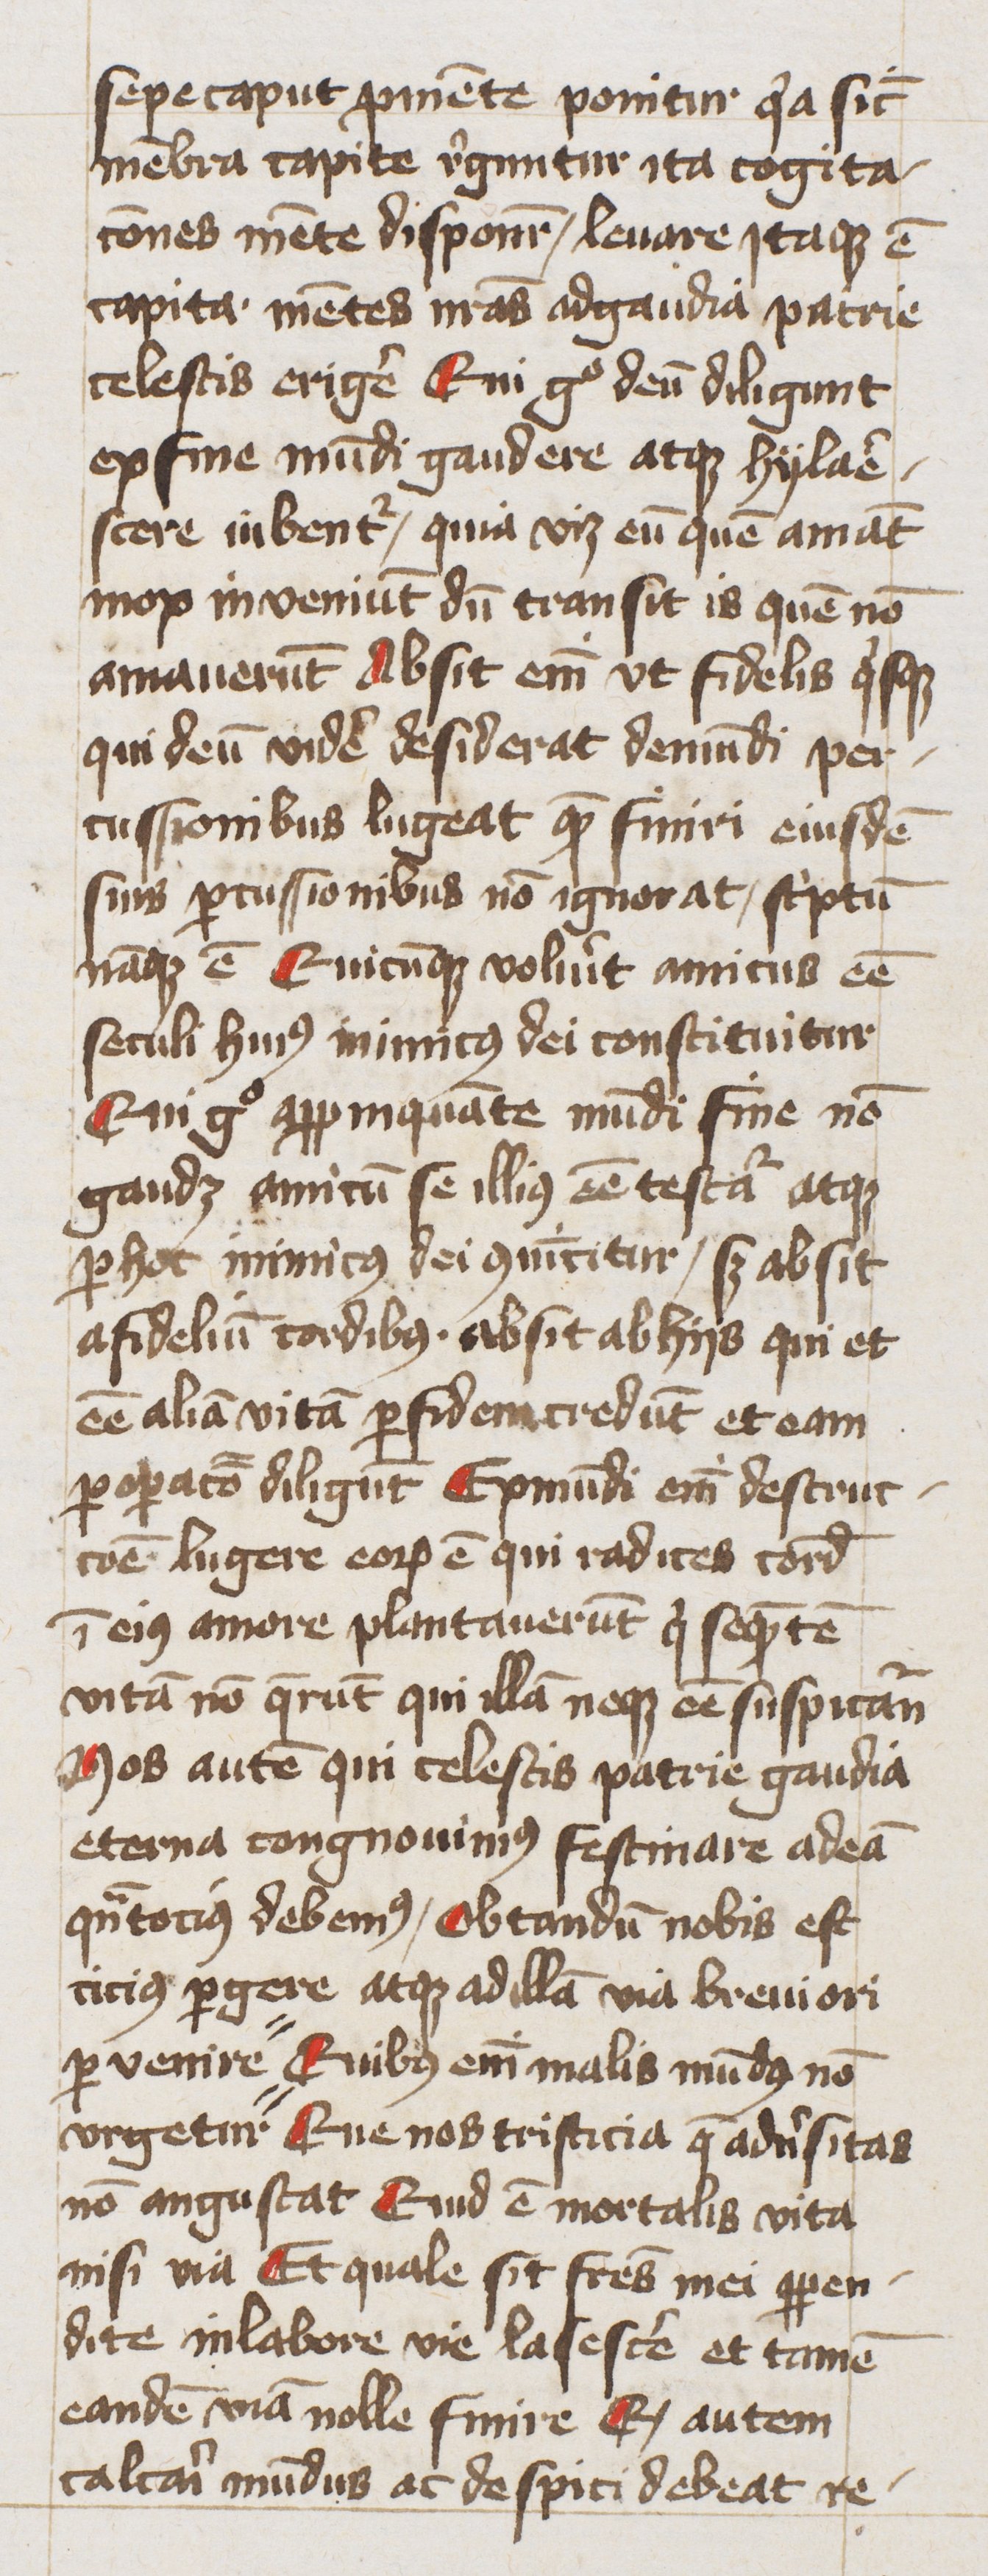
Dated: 1400–1449